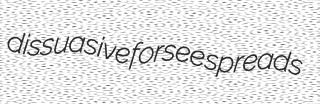
dissuasive forsee spreads